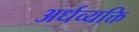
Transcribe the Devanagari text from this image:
अर्धव्यक्ति